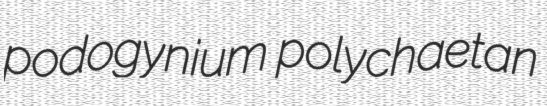
podogynium polychaetan